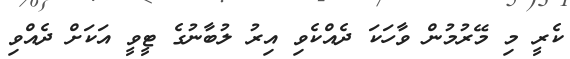
ކެރީ މި މޭރުމުން ވާހަކަ ދެއްކެވި އިރު ލުބާނުގެ ޓީވީ އަކަށް ދެއްވި